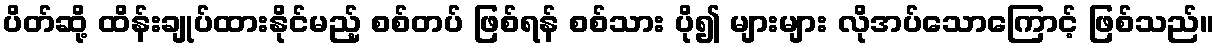
ပိတ်ဆို့ ထိန်းချုပ်ထားနိုင်မည့် စစ်တပ် ဖြစ်ရန် စစ်သား ပို၍ များများ လိုအပ်သောကြောင့် ဖြစ်သည်။